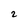
Character: 2